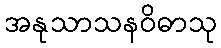
အနုသာသနဝိဓာသု